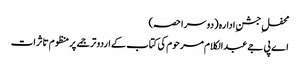
محفلِ جشنِ ادارہ (دوسرا حصہ)
اے پی جے عبدالکلام مرحوم کی کتاب کے اردو ترجمے پر منظوم تاثرات